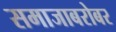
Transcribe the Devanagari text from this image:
समाजाबरोबर